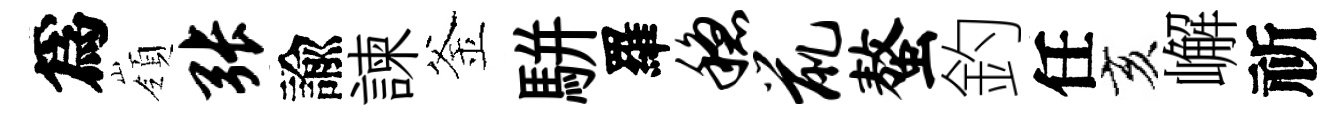
爲嶺张諭諫釜駢羅稳鼠螯釣任亥嶰祈